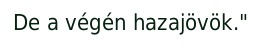
De a végén hazajövök."